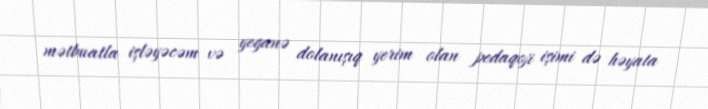
mətbuatla işləyəcəm və yeganə dolanışıq yerim olan pedaqoji işimi də həyata